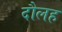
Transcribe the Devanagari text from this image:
दौलह